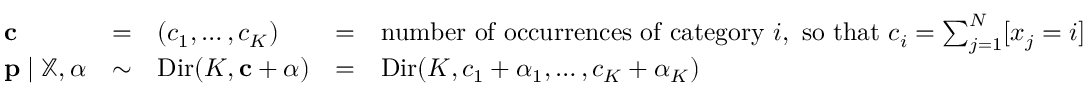
{ \begin{array} { l c l c l } { \mathbf { c } } & { = } & { ( c _ { 1 } , \ldots , c _ { K } ) } & { = } & { { \mathrm { n u m b e r ~ o f ~ o c c u r r e n c e s ~ o f ~ c a t e g o r y ~ } } i , { \mathrm { ~ s o ~ t h a t ~ } } c _ { i } = \sum _ { j = 1 } ^ { N } [ x _ { j } = i ] } \\ { \mathbf { p } \mid \mathbb { X } , { \boldsymbol { \alpha } } } & { \sim } & { \operatorname { D i r } ( K , \mathbf { c } + { \boldsymbol { \alpha } } ) } & { = } & { \operatorname { D i r } ( K , c _ { 1 } + \alpha _ { 1 } , \ldots , c _ { K } + \alpha _ { K } ) } \end{array} }